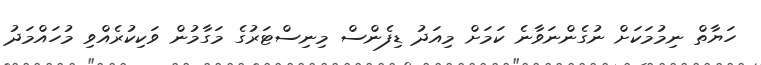
ހަޔާތް ނިމުމަކަށް ނުގެންނަވާނެ ކަމަށް މިއަދު ޑިފެންސް މިނިސްޓަރުގެ މަގާމުން ވަކިކުރެއްވި މުހައްމަދު